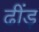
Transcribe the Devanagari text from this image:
ढींड़